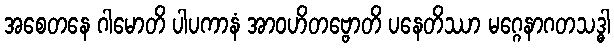
အစေတနေ ဂါမောတိ ပါပကာနံ အာဝဟိတဗ္ဗောတိ ပနေတိဿာ မဂ္ဂေနာဂတသဒ္ဓါ